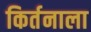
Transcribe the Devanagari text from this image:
किर्तनाला